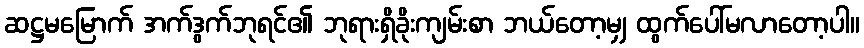
ဆဋ္ဌမမြောက် အက်ဒွက်ဘုရင်၏ ဘုရားရှိခိုးကျမ်းစာ ဘယ်တော့မျှ ထွက်ပေါ်မလာတော့ပါ။